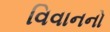
વિવાનનો